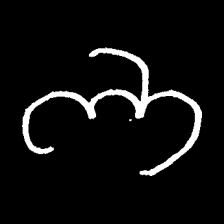
Pyu character \u2014 Myanmar letter: ဘ (romanized: bha)